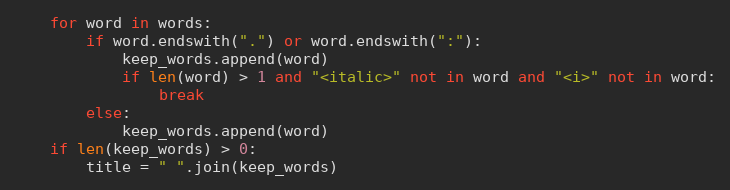
Language: Python
    for word in words:
        if word.endswith(".") or word.endswith(":"):
            keep_words.append(word)
            if len(word) > 1 and "<italic>" not in word and "<i>" not in word:
                break
        else:
            keep_words.append(word)
    if len(keep_words) > 0:
        title = " ".join(keep_words)